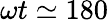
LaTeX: \omega t\simeq 180